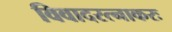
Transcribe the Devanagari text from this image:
विवादरत्नाकरः